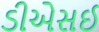
ડીએસઈ